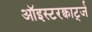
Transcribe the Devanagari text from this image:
ऑइस्टरक्वार्ट्ज